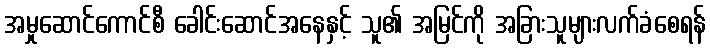
အမှုဆောင်ကောင်စီ ခေါင်းဆောင်အနေနှင့် သူ၏ အမြင်ကို အခြားသူများလက်ခံစေရန်